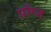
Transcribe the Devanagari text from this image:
प्राँग्ज